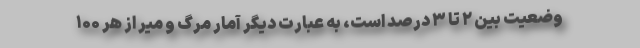
وضعیت بین ۲ تا ۳ درصد است، به عبارت دیگر آمار مرگ و میر از هر ۱۰۰